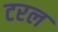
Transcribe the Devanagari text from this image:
टरल